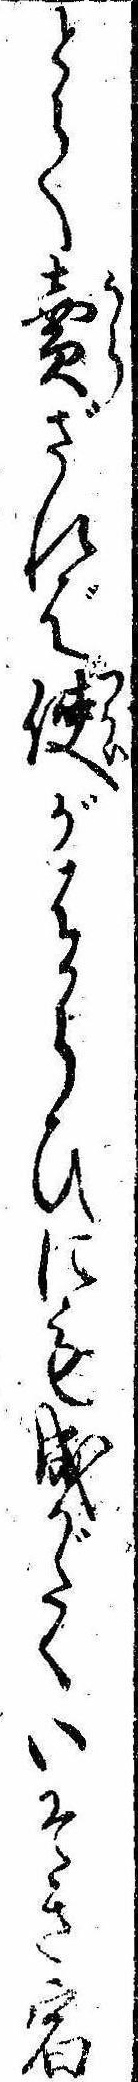
とて売ざれば使がはからひにも成がたくいそき宿